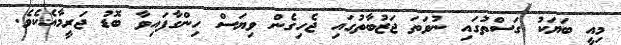
މިއީ ބަޔަކު ގަސްތުގައި ނުވަތަ ޖަޒުބާތުގައި ޖެހިގެން ވިޔަސް ހިންގާފައިވާ ބޮޑު ޖަރީމާއެކެވެ.